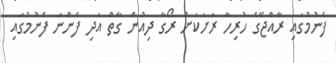
ފެނުމުގައި ރާއްޖޭގެ ހުރިހާ ރަށަކަށް ރޯގާ ދިއުން ގާތް އަދި ފެންނަ ފެނުމުގައި